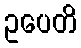
ဥပေတိ